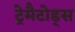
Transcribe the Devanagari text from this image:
ट्रेमैटोड्स